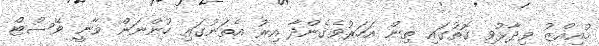
މުއިއްޒު ވިދާޅުވި ގޮތުގައި ތިން އަހަރުވެގެންދާ އިރު އެތަނުގައި ހުންނަން ވާނީ ވޭސްޓް